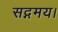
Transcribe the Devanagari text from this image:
सद्गमय।